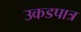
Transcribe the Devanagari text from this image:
उकडपात्र